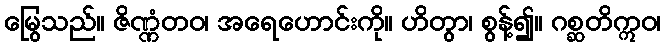
မြွေသည်။ ဇိဏ္ဏံတဝ၊ အရေဟောင်းကို။ ဟိတွာ၊ စွန့်၍။ ဂစ္ဆတိဣဝ၊